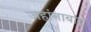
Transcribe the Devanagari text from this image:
जहांनाबाद